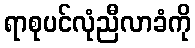
ရာစုပင်လုံညီလာခံကို